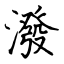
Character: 潑